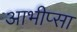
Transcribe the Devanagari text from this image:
आभीप्सा